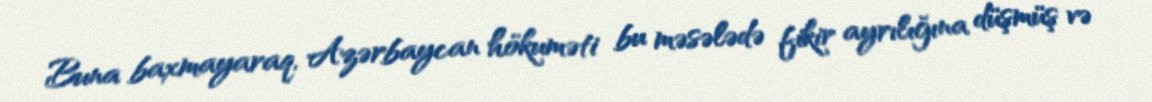
Buna baxmayaraq, Azərbaycan hökuməti bu məsələdə fikir ayrılığına düşmüş və